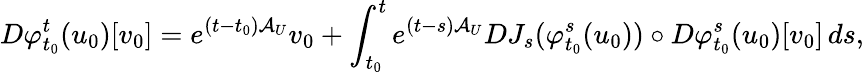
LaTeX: D\varphi_{t_{0}}^{t}(u_{0})[v_{0}]=e^{(t-t_{0})\mathcal{A}_{U}}v_{0}+\int_{t_{0}}^{t}e^{(t-s)\mathcal{A}_{U}}DJ_{s}(\varphi_{t_{0}}^{s}(u_{0}))\circ D\varphi_{t_{0}}^{s}(u_{0})[v_{0}]\, ds,